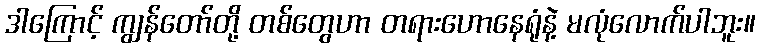
ဒါကြောင့် ကျွန်တော်တို့ တစ်တွေဟာ တရားဟောနေရုံနဲ့ မလုံလောက်ပါဘူး။